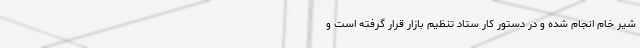
شیر خام انجام شده و در دستور کار ستاد تنظیم بازار قرار گرفته است و